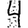
Digit: 4